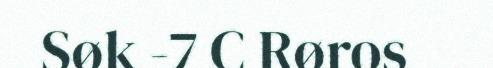
Søk -7 C Røros